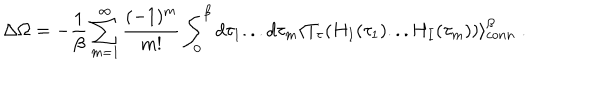
\Delta \Omega = - { \frac { 1 } { \beta } } \sum _ { m = 1 } ^ { \infty } \frac { ( - 1 ) ^ { m } } { m ! } \int _ { 0 } ^ { \beta } d \tau _ { 1 } . . . d \tau _ { m } \langle T _ { \tau } ( H _ { I } ( \tau _ { 1 } ) . . . H _ { I } ( \tau _ { m } ) ) \rangle _ { c o n n } ^ { \beta } \; .